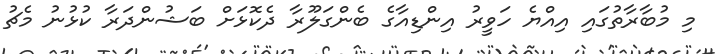
މި މުބާރާތުގައި އިއްޔެ ހަވީރު އިންޑިއާގެ ބެންގަލޫރާ ދެކޮޅަށް ބަޝުންދަރާ ކުޅުނު މެޗު